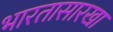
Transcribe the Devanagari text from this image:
भारतासारखा